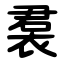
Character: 裠